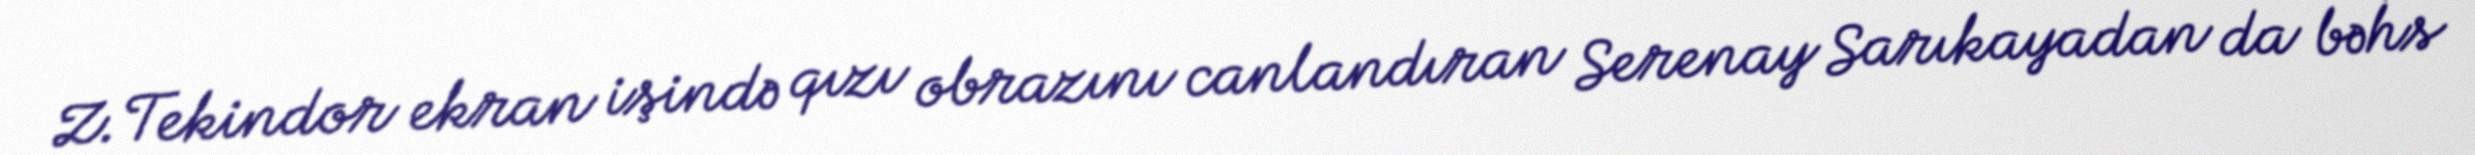
Z.Tekindor ekran işində qızı obrazını canlandıran Serenay Sarıkayadan da bəhs